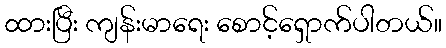
ထားပြီး ကျန်းမာရေး စောင့်ရှောက်ပါတယ်။